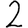
Digit: 2